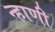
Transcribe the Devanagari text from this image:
न्हाणी